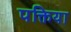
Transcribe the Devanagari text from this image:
पक्तिया